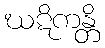
ဃဋိကန္တိ